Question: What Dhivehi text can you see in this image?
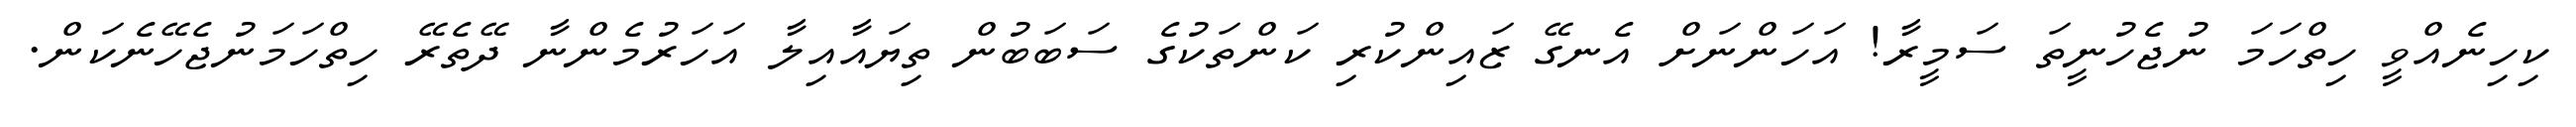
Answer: ކިހިނެއްވީ ހިތްހަމަ ނުޖެހުނީތަ ސަމީރާ! އަހަންނަށް އެނގޭ ޒައިންކުރި ކަންތަކުގެ ސަބަބުން ތިޔައާއިލާ އަހަރުމެންނާ ދޭތެރޭ ހިތްހަމަނުޖެހޭނެކަން.